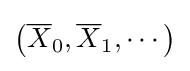
\left({\overline {X}}_{0},{\overline {X}}_{1},\cdots \right)